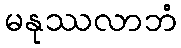
မနုဿလာဘံ